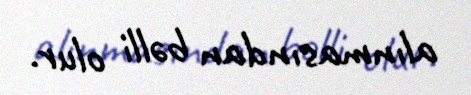
alınmasından bəlli olur.